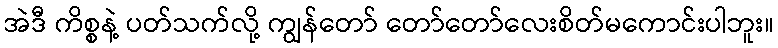
အဲဒီ ကိစ္စနဲ့ ပတ်သက်လို့ ကျွန်တော် တော်တော်လေးစိတ်မကောင်းပါဘူး။